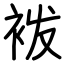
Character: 袯